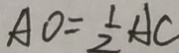
A O = \frac { 1 } { 2 } A C